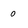
Character: 0